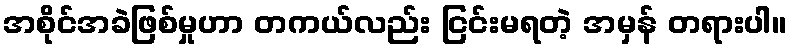
အစိုင်အခဲဖြစ်မှုဟာ တကယ်လည်း ငြင်းမရတဲ့ အမှန် တရားပါ။